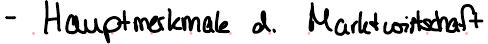
- Hauptmerkmale d. Marktwirtschaft